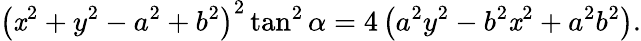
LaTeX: \left(\mathit{x}^{2}+y^{2}-a^{2}+b^{2}\right)^{2}\tan^{2}\alpha=4\left(a^{2}y^{2}-b^{2}\mathit{x}^{2}+a^{2}b^{2}\right).